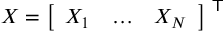
X = { \left[ \begin{array} { l l l } { X _ { 1 } } & { \dots } & { X _ { N } } \end{array} \right] } ^ { \textsf { T } }